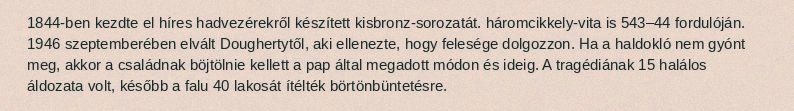
1844-ben kezdte el híres hadvezérekről készített kisbronz-sorozatát. háromcikkely-vita is 543–44 fordulóján. 1946 szeptemberében elvált Doughertytől, aki ellenezte, hogy felesége dolgozzon. Ha a haldokló nem gyónt meg, akkor a családnak böjtölnie kellett a pap által megadott módon és ideig. A tragédiának 15 halálos áldozata volt, később a falu 40 lakosát ítélték börtönbüntetésre.